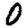
Digit: 0